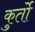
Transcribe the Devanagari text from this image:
कुर्तो